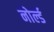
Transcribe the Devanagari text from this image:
नोर्ल्ड